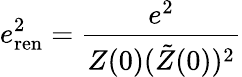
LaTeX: e_{\mathrm{ren}}^{2}={\frac{e^{2}}{Z(0)(\tilde{Z}(0))^{2}}}